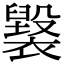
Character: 𧝷